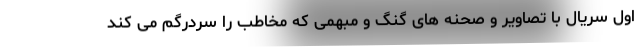
اول سریال با تصاویر و صحنه های گنگ و مبهمی که مخاطب را سردرگم می کند